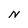
Character: N